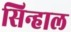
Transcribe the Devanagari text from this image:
सिन्हाल